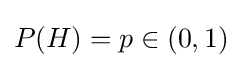
P(H)=p\in (0,1)